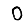
Digit: 0